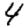
Digit: 4